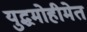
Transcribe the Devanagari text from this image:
युद्धमोहीमेत